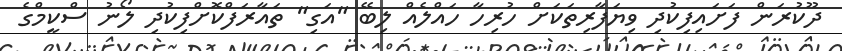
ދޫކުރަން ފަށައިފިކުދި ވިޔަފާރިތަކަށް ހުރިހާ ހައްލެއް ލިބޭ "އަގި" ތައާރަފްކޮށްފިކުދި ލޯނު ސްކީމްގެ